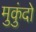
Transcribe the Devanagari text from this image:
मुकुंदो